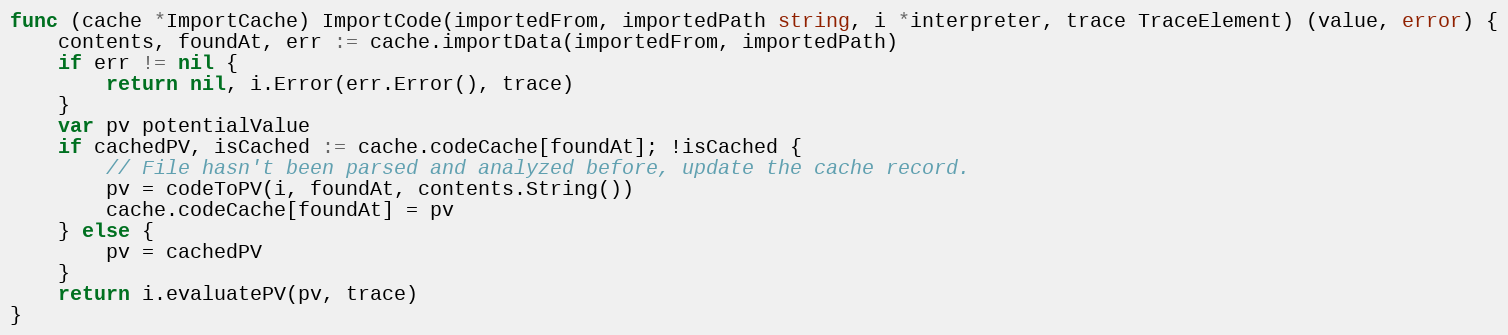
Language: Go
func (cache *ImportCache) ImportCode(importedFrom, importedPath string, i *interpreter, trace TraceElement) (value, error) {
	contents, foundAt, err := cache.importData(importedFrom, importedPath)
	if err != nil {
		return nil, i.Error(err.Error(), trace)
	}
	var pv potentialValue
	if cachedPV, isCached := cache.codeCache[foundAt]; !isCached {
		// File hasn't been parsed and analyzed before, update the cache record.
		pv = codeToPV(i, foundAt, contents.String())
		cache.codeCache[foundAt] = pv
	} else {
		pv = cachedPV
	}
	return i.evaluatePV(pv, trace)
}